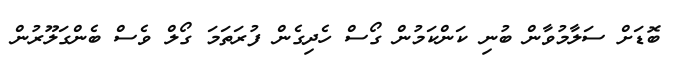
ބޮޑަށް ސަލާމުވާން ބުނި ކަންކަމުން ގޯސް ހެދިގެން ފުރަތަމަ ގޯލް ވެސް ބެންގަލޫރުން